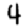
Digit: 4